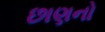
છાણનો